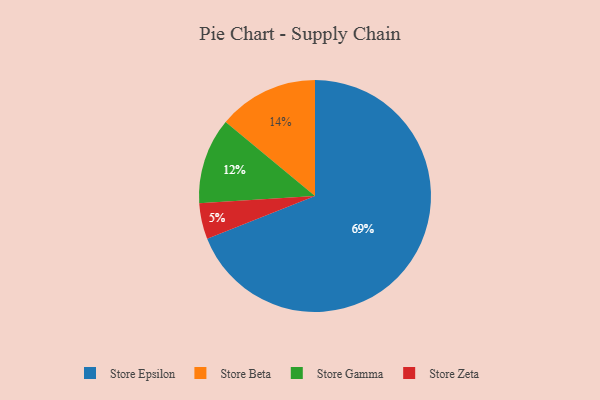
{"axis": {"x": "Category", "y": "Percentage"}, "legend": ["Store Beta", "Store Epsilon", "Store Gamma", "Store Zeta"], "data": [{"x": "Store Epsilon", "y": 69, "type": "Store Epsilon"}, {"x": "Store Gamma", "y": 12, "type": "Store Gamma"}, {"x": "Store Beta", "y": 14, "type": "Store Beta"}, {"x": "Store Zeta", "y": 5, "type": "Store Zeta"}]}